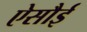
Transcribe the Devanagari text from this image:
ऐसौई